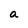
Character: a